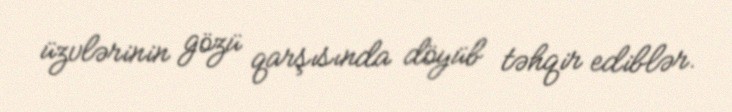
üzvlərinin gözü qarşısında döyüb təhqir ediblər.